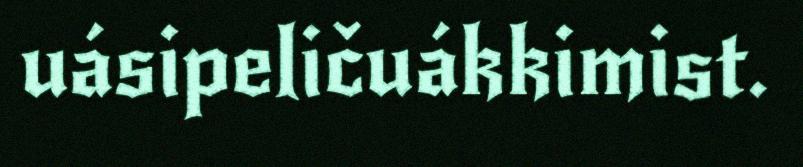
uásipeličuákkimist.